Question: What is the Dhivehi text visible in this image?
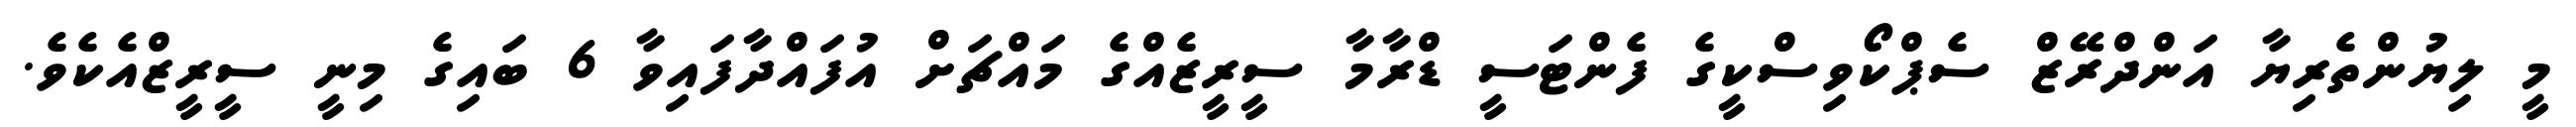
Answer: މީ ލިޔުންތެރިޔާ އަންދްރޭޒް ސެޕްކޯވިސްކީގެ ފެންޓަސީ ޑްރާމާ ސީރީޒެއްގެ މައްޗަށް އުފައްދާފައިވާ 6 ބައިގެ މިނީ ސީރީޒްއެކެވެ.